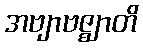
အဗျာဗဇ္ဈာတိ